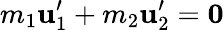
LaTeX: m_{1}\mathbf{u}_{1}^{\prime}+m_{2}\mathbf{u}_{2}^{\prime}={\boldsymbol{0}}